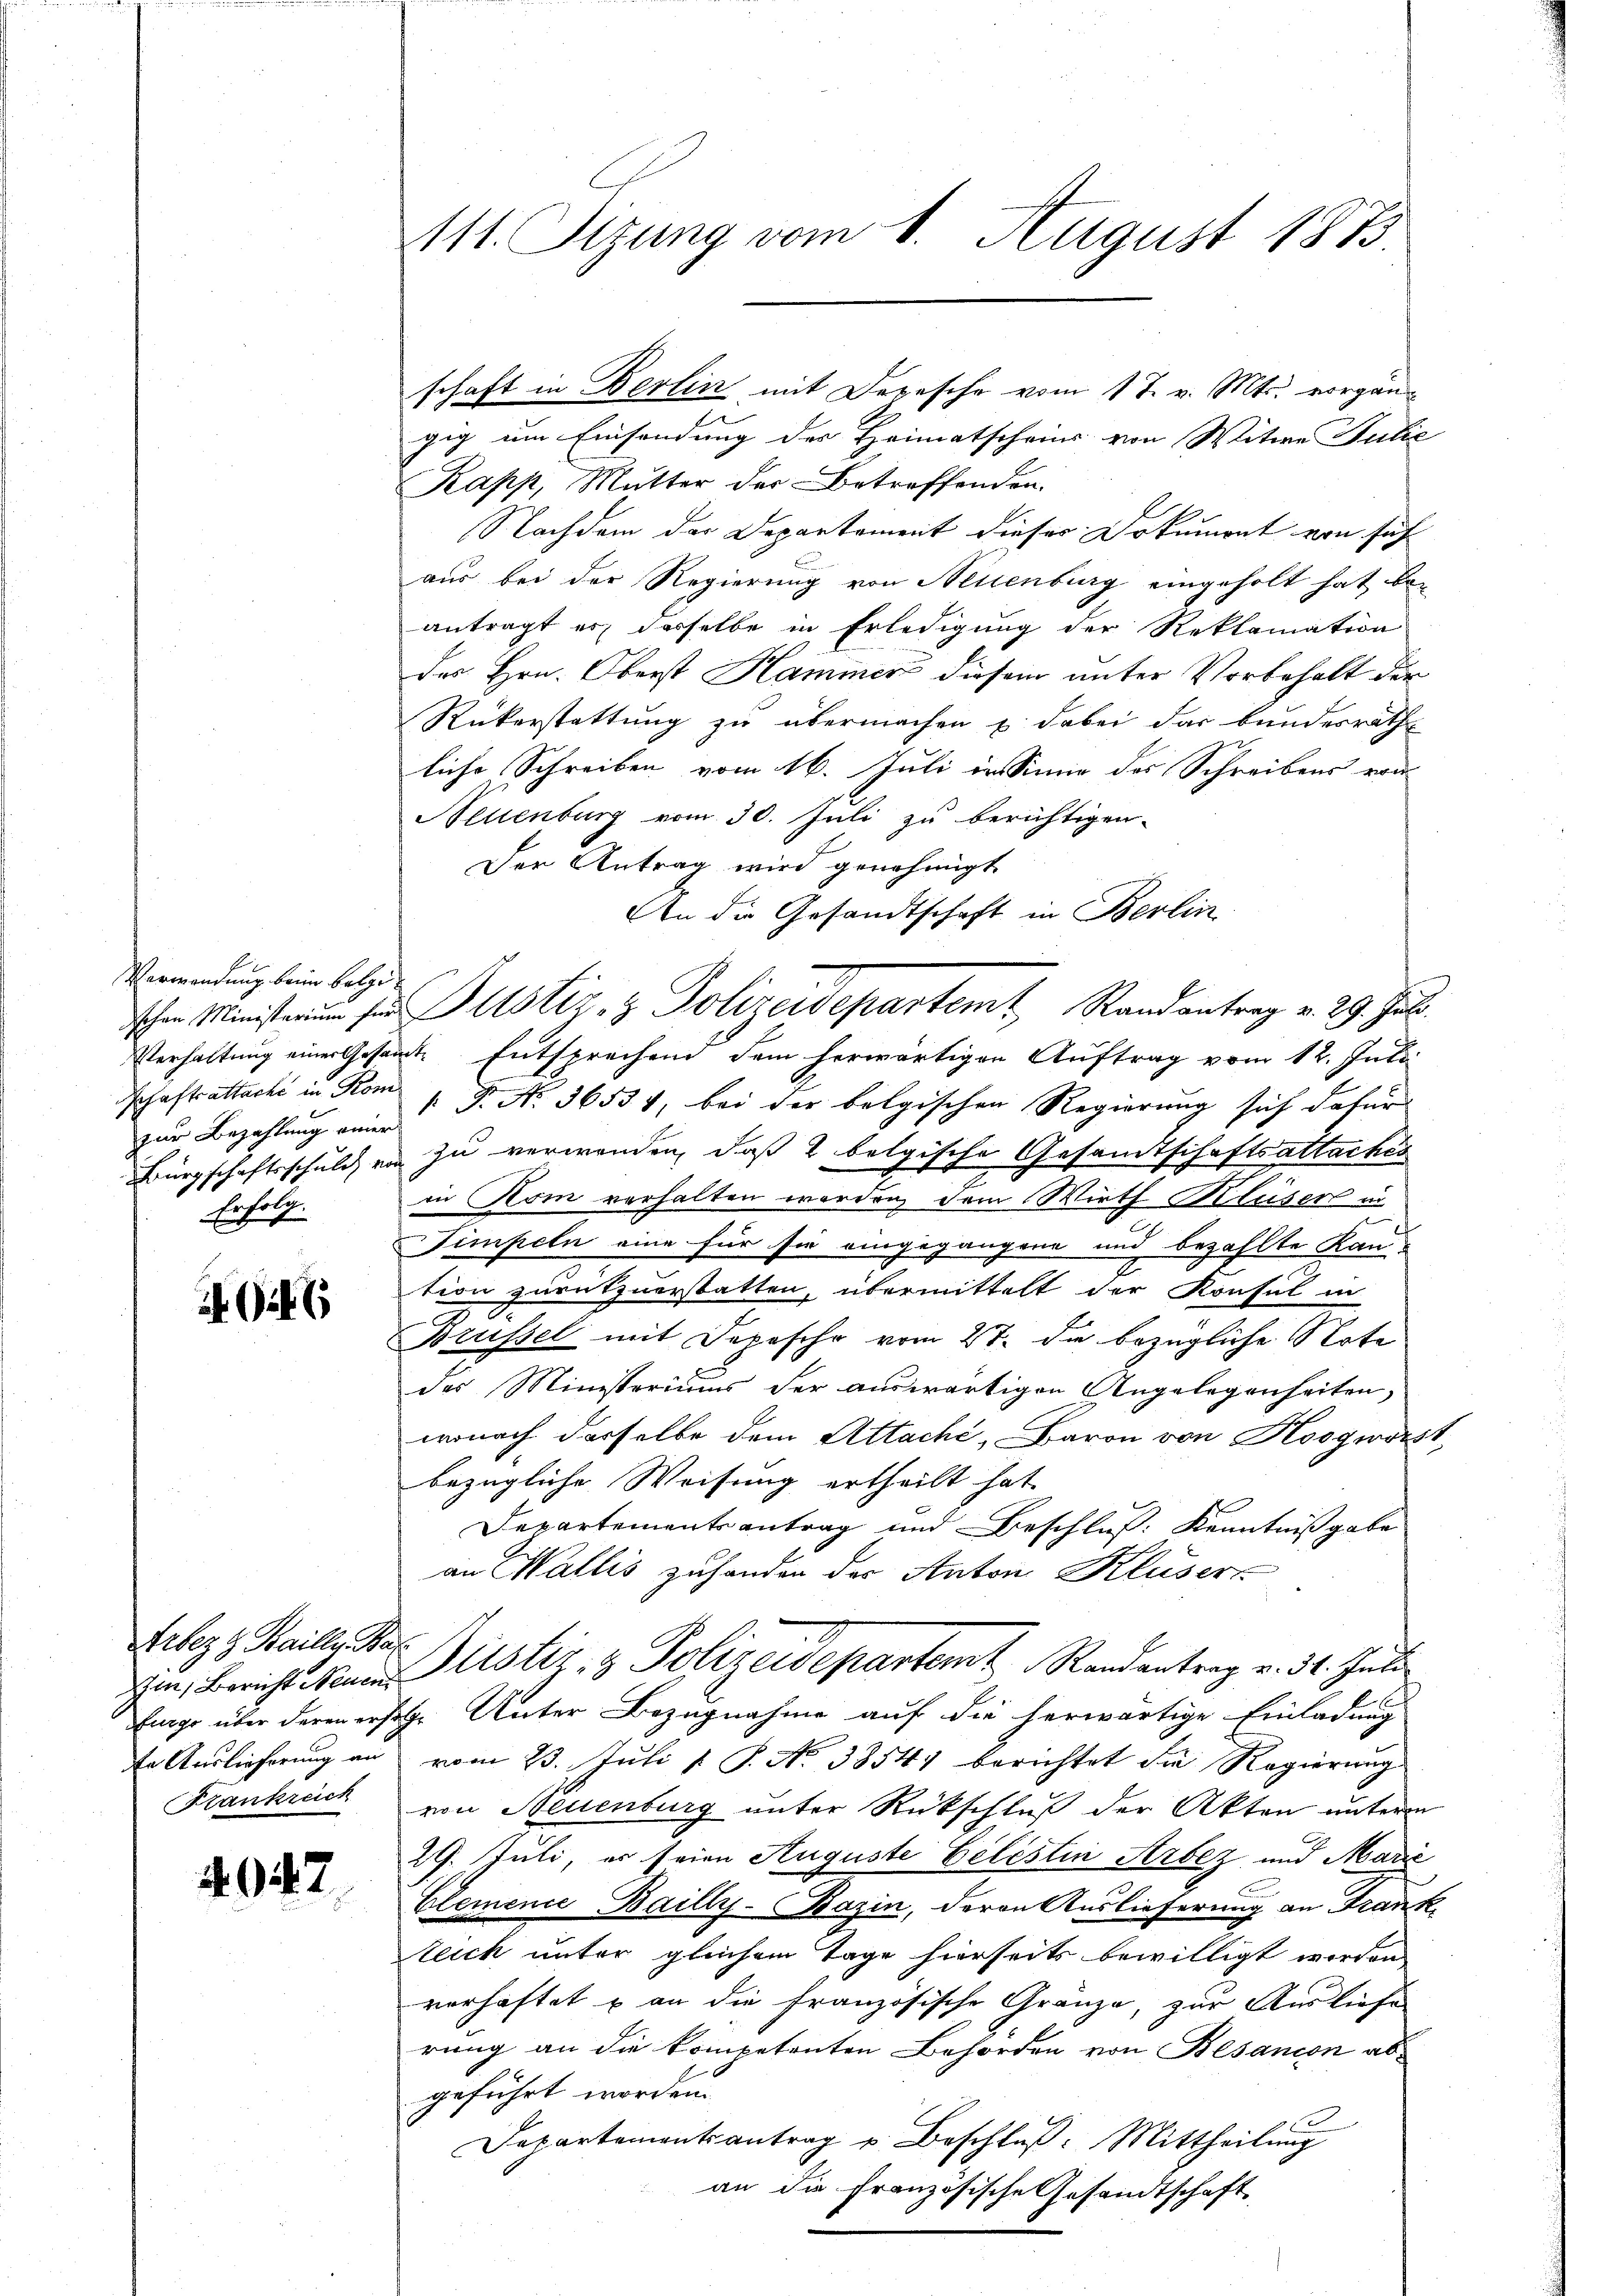
Verwendung beim Belgi
zur Bezahlung einer
Erfolg.

246

Arbez Baille Bal
te Auslieferung an
Krankreich

4047

schaft in Berlin mit Depesche vom 17. v. Mts. vorgängig um Einsendung der Heimatscheins von Witwe Julie
Kapp, Mutter der Betreffenden.
Nachdem der Departement dieser Dokument von sich
aus bei der Regierung von Neuenburg eingeholt hat, bei
antragt es, desselbe in Erledigung der Reklamation
des Hrn. Oberst Hammer diesem unter Vorbehalt der
Rükerstattung zu übermachen u. dabei das bundesrath
liche Schreiben vom 16. Juli in Sinne des Schreibens von
Neuenburg vom 30. Juli zu berichtigen.
Der Antrag wird genehmigt.
An die Gesandtschaft in Berlin
Verhaltung einer Gesamte Entsprechend dem herwärtigen Auftrag vom 12. Juli
Chastattache in Rom 1 Fr. No. 36534, bei der belgischen Regierung sich dafür
Bürgschaftsschuld von zu verwenden, daß 2 belgische Gesandtschaftsattachés
in Kom verhalten worden, dem Wirth Kluser in
Timpeln eine für sie eingegangene und bezahlte Kantion zurükzuerstatten, übermittelt der Konsul in
Brüssel mit Depesche vom 27. die bezügliche Note
des Ministeriums der auswärtigen Angelegenheiten,
wonach derselbe dem Attaché, Baron von Hosgwärst,
bezügliche Weisung ertheilt hat.
Departementsantrag und Beschluß: Kenntnißgabe
an Wallis zuhanden der Anton Klusers
Im, Bericht Neuen Mitster- & Polizeidepartem Randantrag v. 31. Juli
Einge über deren erfige Unter Bezugnahme auf die herwärtige Einladung
vom 23. Juli 1 S. No 3854) berichtet die Regierung
von Neuenburg unter Rückschluß der Akten unterm
29. Juli, er seien Auguste Eelistin Arbez und Marić
Elemence Bailly-Bazin, deren Auslieferung an Frank¬
Zeich unter gleichem Tage hierseits bewilligt werden
verhaftet u an die Französische Gränze, zur Ausliefe
rung an die kompetenten Behörden von Besancon abgeführt worden.
Departementsantrag u. Beschluß: Mittheilŭng
an die Französische Gesandtschaft

111. Sizung vom 1. August 1833.

schen Ministern sie Justiz- & Polizeidepartem Randantrag v. 29. Jul.